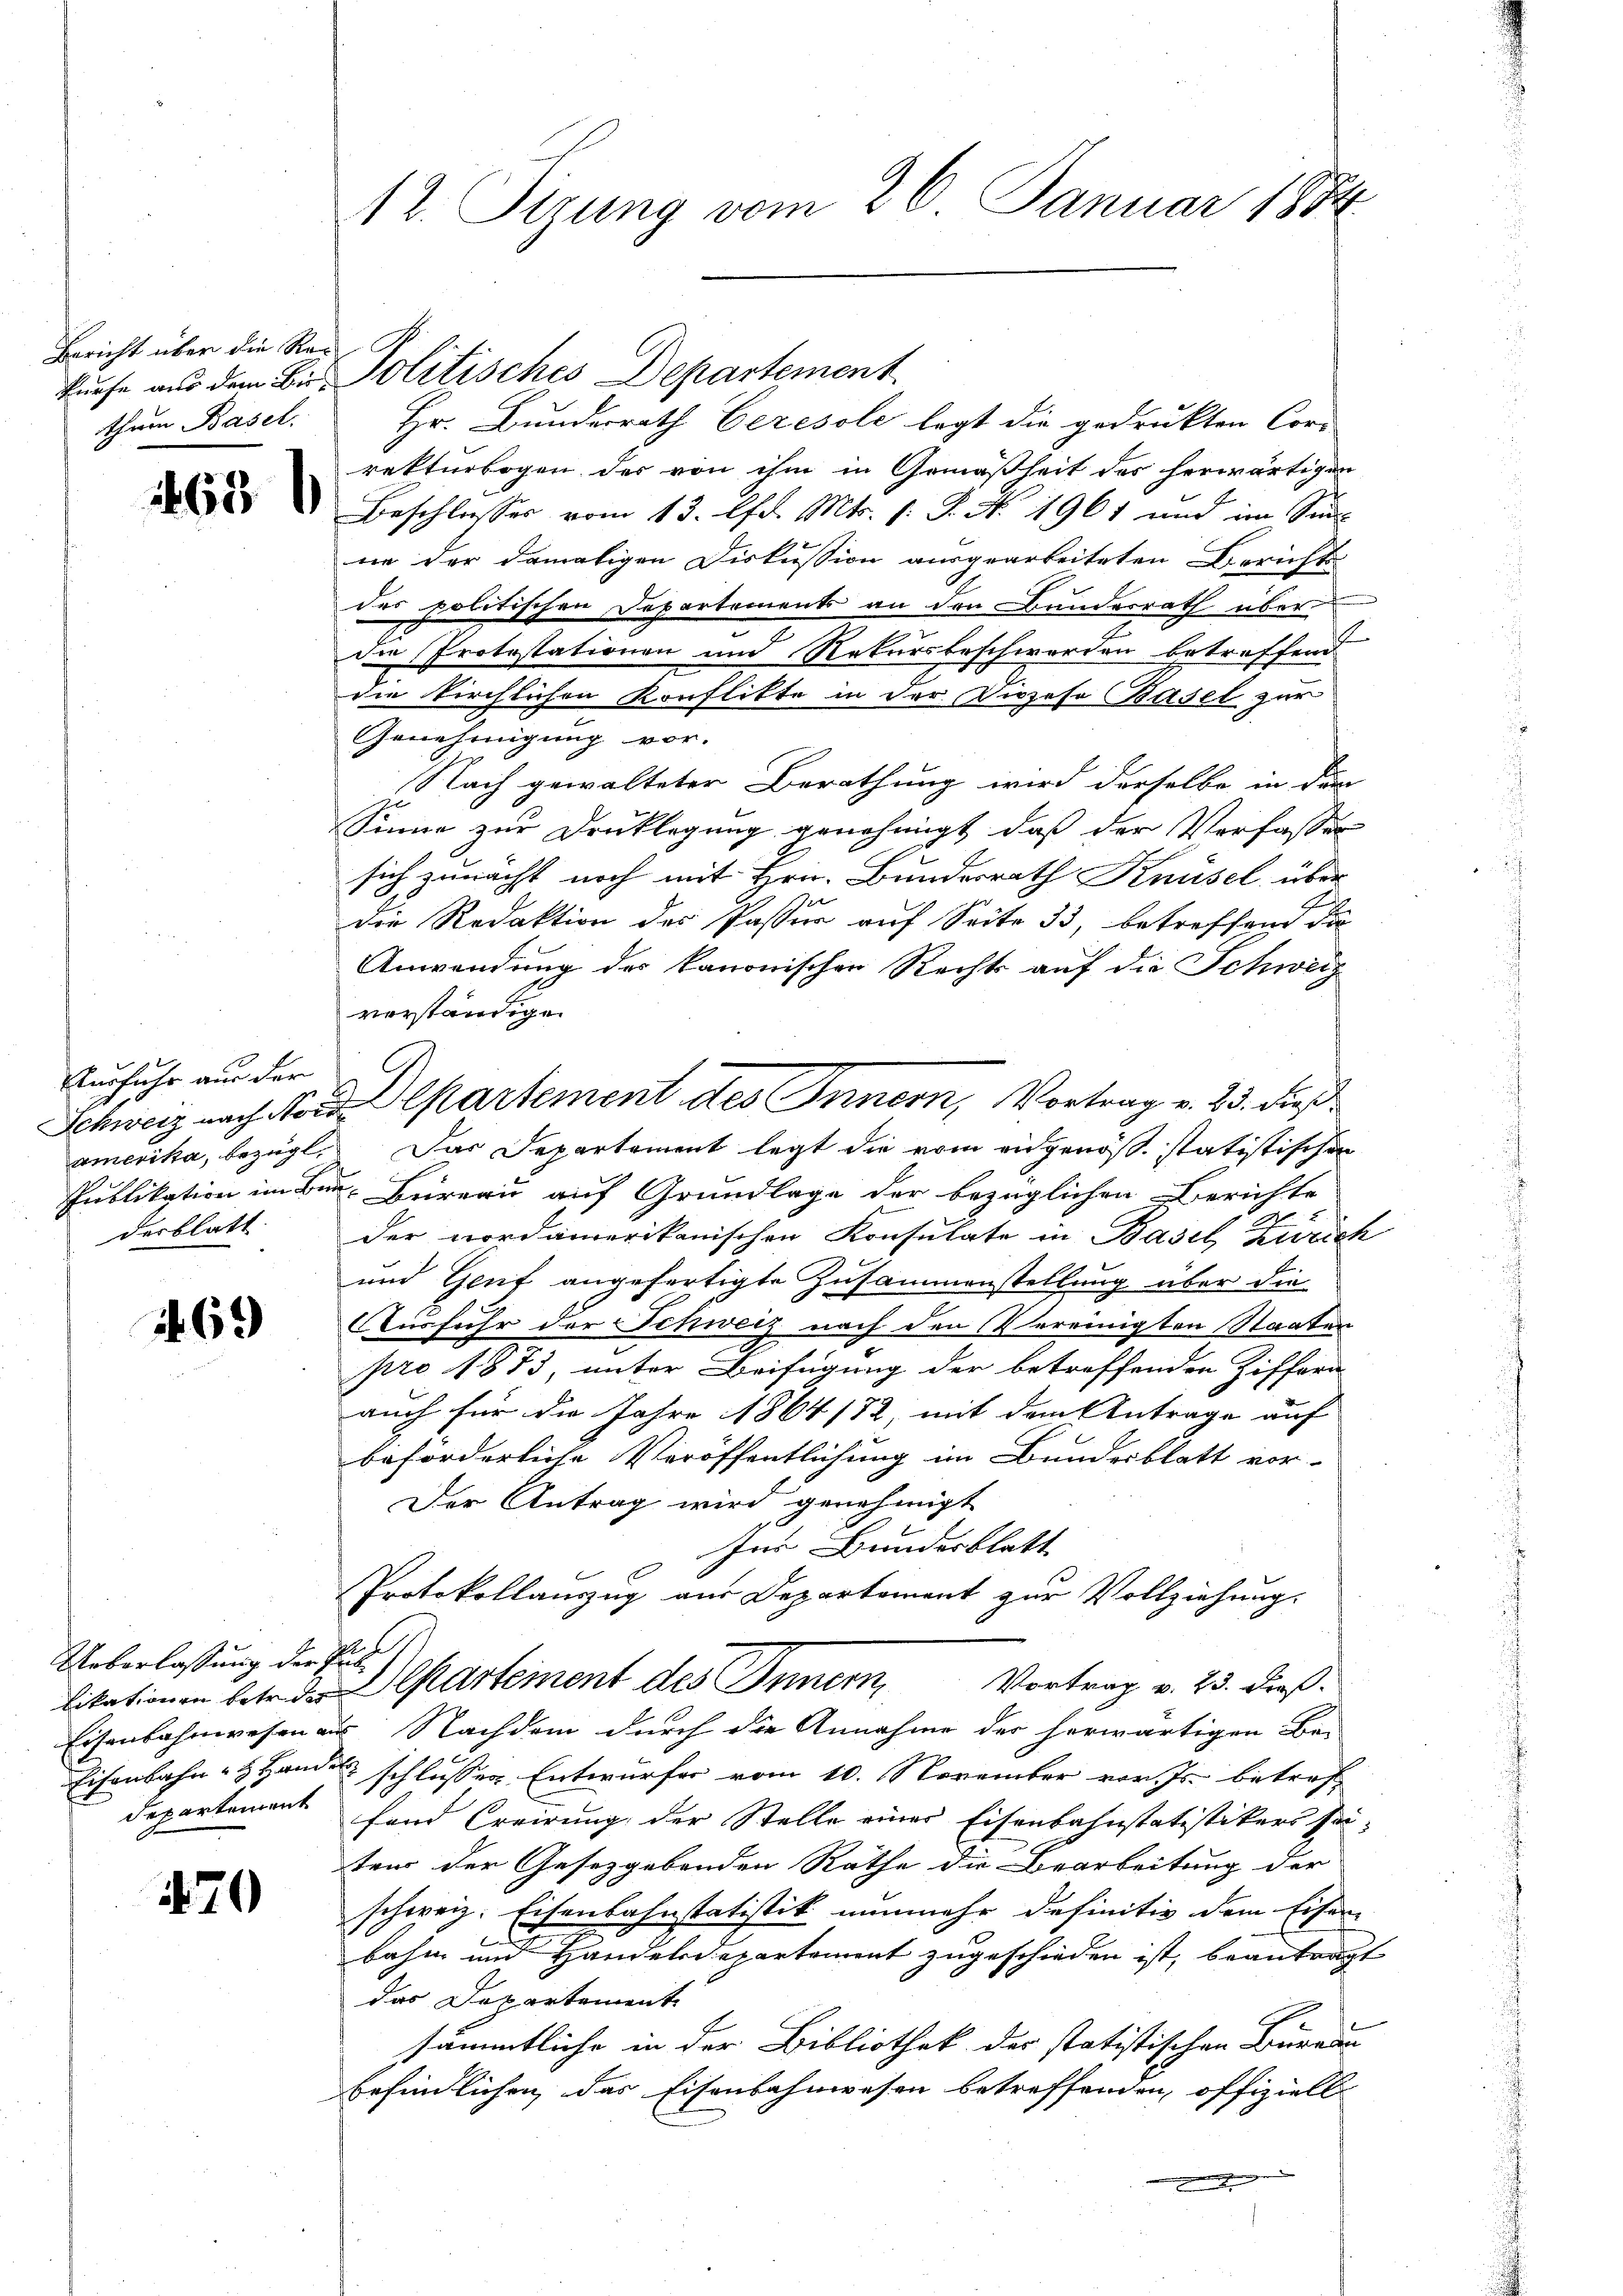
Bericht über die Re¬

Ausfuhr aus der
desblatt

1469

Ueberlassung der Pul
departement

470

12. Sitzung vom 26. Januar 1884

thum Basel. Hr. Bunderrath Ceresole legt die gedrukten Cors
rekturbogen der von ihm in Gemäßheit des herwärtigen
Beschlusser vom 13. Chr. Mts. 1. P. No. 1961 und im Sinn
ne der damaligen Diskussion ausgearbeiteten Berichts
des politischen Departements an den Bundesrath über
die Protestationen und Rekursbeschwerden betreffend
die kirchlichen Konflikte in der Prozeso Basel zur
Genehmigung vor.
Nach gewalteter Berathung wird derselbe in dem
Sinne zur Drucklegung genehmigt, daß der Verfassen
sich zunächt noch mit Hrn. Bundesrath Knüsel über
die Redaktion des Passer auf Seite 33, betreffend da
Anwendung des kanonischen Rechts auf die Schweiz
verständigen
amerika, bezügl. Das Departement legt die vom eidgenöß. statistischen
Publikation im Bau- Beireau auf Grundlage der bezüglichen Berichte
der nordamerikanischen Konsulate in Basel, Zürich
und Genf angefertigte Zusammenstellung über die
Ausfuhr der Schweiz nach den Vereinigten Staaten
pro 1873, unter Beifügung der betreffenden Ziffern-
auch für die Jahre 1864/82, mit dem Antrage auf
beförderliche Veröffentlichung im Bundesblatt vor-
Der Antrag wird genehmigt
Ins Bundesblatt
Protokollauszug aus Departement zur Vollziehung.
Vortrag v. 23. dieß.
likationen betr. der Departement des Innern
Eisenbahnwesen aus Nachdem durch die Annahme der herwärtigen Bei-
Eisenbahn - Handel schlusser Entwurfes vom 10. November vor. Js. betref
fand Creirung der Stelle einer Eisenbahnstatistikers seiten der Gesetzgebenden Rathe die Bearbeitung der
schweiz. Eisenbahnstatistik nunmehr definitiv dem Eisen
l
bahn und Handelsdepartement zugeschieden ist, beantragt
das Departement
sämmtliche in der Bibliothek der statistischen Bureau
befindlichen das Eisenbahnwesen betreffenden, offiziell

kurse aus dem Bei Politisches Departement

Schweiz nach No. 2. Departement des Innern, Vortrag v. 23. dieß